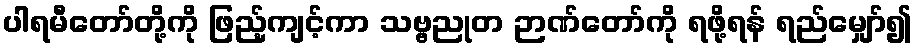
ပါရမီတော်တို့ကို ဖြည့်ကျင့်ကာ သဗ္ဗညုတ ဉာဏ်တော်ကို ရဖို့ရန် ရည်မျှော်၍